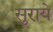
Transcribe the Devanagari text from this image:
सुराये